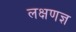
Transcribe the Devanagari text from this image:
लक्षणज्ञ